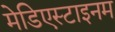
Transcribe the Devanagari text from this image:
मेडिएस्टाइनम